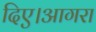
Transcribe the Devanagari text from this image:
दिए।आगरा